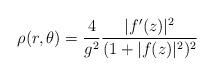
LaTeX: \begin{align*}\rho(r,\theta)=\frac4{g^2}\frac{|f'(z)|^2}{(1+|f(z)|^2)^2}\end{align*}